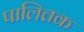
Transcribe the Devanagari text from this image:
पालित्तक